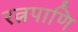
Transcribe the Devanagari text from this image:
रत्नपाणि